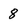
Character: 8